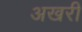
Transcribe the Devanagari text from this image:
अखरी